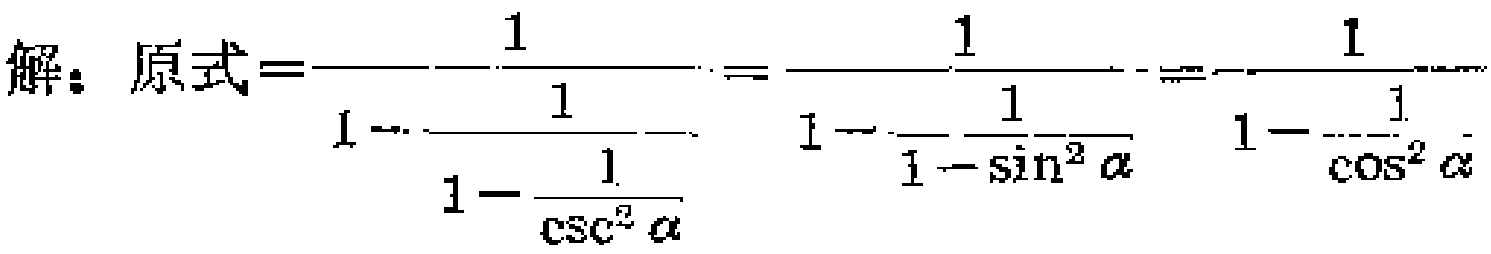
解：原式\(=\frac{1}{1 - \frac{1}{1 - \frac{1}{\csc^{2}\alpha}}}=\frac{1}{1 - \frac{1}{1 - \sin^{2}\alpha}}=\frac{1}{1 - \frac{1}{\cos^{2}\alpha}}\)